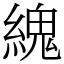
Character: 䌆